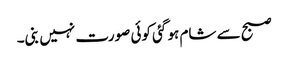
صبح سے شام ہو گئی کوئی صورت نہیں بنی۔